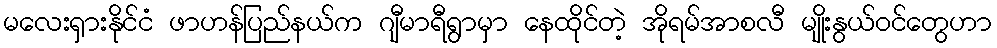
မလေးရှားနိုင်ငံ ဖာဟန်ပြည်နယ်က ဂျီမာရီရွာမှာ နေထိုင်တဲ့ အိုရမ်အာစလီ မျိုးနွယ်ဝင်တွေဟာ